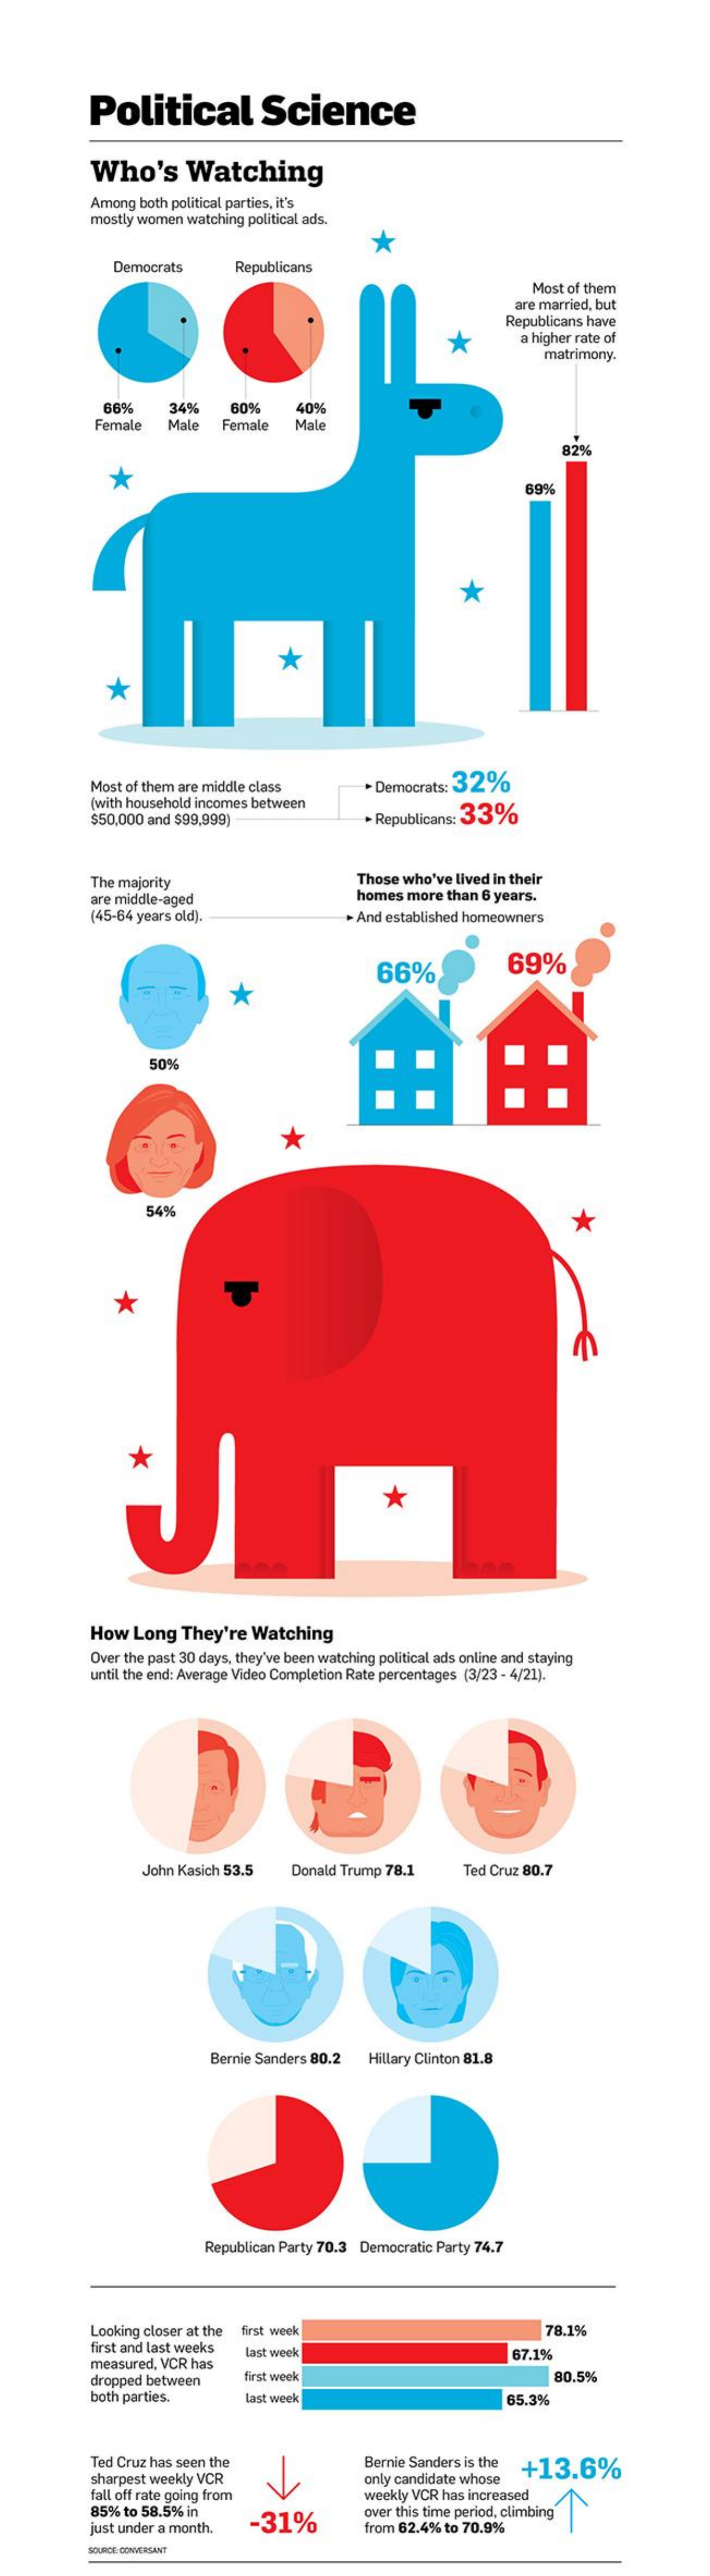
Political    Science
     Who's    Watching
     Among  both political parties, it's
     mostly women watching political ads.
     Democrats    Republicans
     Most of them
     are married, but
     Republicans have
     a higher rate of
     matrimony.
     66%    34%    60%    40%
     Female    Male   Female    Male
     *
     *
     Most of them are middle class    Democrats: 32%
     (with household incomes between
     $50,000 and $99,999)    Republicans: 33%
     The majority    Those who've lived in their
     are middle-aged    homes more  than 6 years.
     (45-64 years old).    + And established homeowners
     66%    69%
     *
     50%
     *
     54%
     *
     *
     *
     How   Long  They're   Watching
     Over the past 30 days, they've been watching political ads online and staying
     until the end: Average Video Completion Rate percentages (3/23 - 4/21).
     John Kasich 53.5   Donald Trump 78.1    Ted Cruz 80.7
     Bernie Sanders 80.2   Hillary Clinton 81.8
     Republican Party 70.3 Democratic Party 74.7
     Looking closer at the first week    78.1%
     first and last weeks
     measured, VCR has
     last week    67.1%
     dropped between    first week    80.5%
     both parties.    Last week    65.3%
     Ted Cruz has seen the    Bernie Sanders is the
     sharpest weekly VCR    only candidate whose
     +13.6%
     fall off rate going from
     85% to 58.5% in
     weekly VCR has increased
     just under a month.   -31%
     over this time period, climbing
     from 62.4% to 70.9%
     SOURICE CONVERSANT